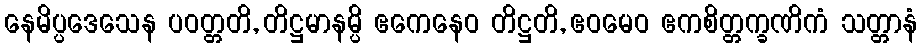
နေမိပ္ပဒေသေန ပဝတ္တတိ, တိဋ္ဌမာနမ္ပိ ဧကေနေဝ တိဋ္ဌတိ, ဧဝမေဝ ဧကစိတ္တက္ခဏိကံ သတ္တာနံ